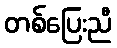
တစ်ပြေးညီ